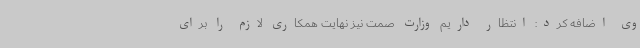
وی اضافه کرد: انتظار داریم وزارت صمت نیز نهایت همکاری لازم را برای